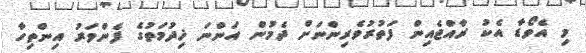
މި އެވޯޑާ އެކު ރާއްޖެއިން ފަތުރުވެރިންނަށް ދެމުން އަންނަ ޚިދުމަތުގެ ފެންވަރު އިންތިހާ